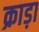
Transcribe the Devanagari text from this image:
क्राड़ा